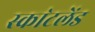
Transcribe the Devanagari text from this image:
स्का॓टलेंड